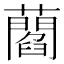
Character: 𧂄